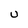
Character: U